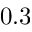
0 . 3